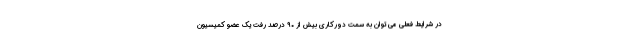
در شرایط فعلی می توان به سمت دورکاری بیش از ۹۰ درصد رفت یک عضو کمیسیون